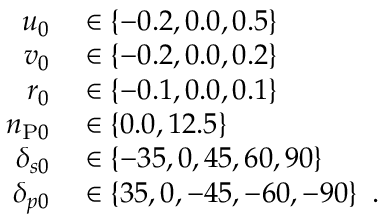
\begin{array} { r } { \begin{array} { r l } { u _ { 0 } } & { { } \in \{ - 0 . 2 , 0 . 0 , 0 . 5 \} } \\ { v _ { 0 } } & { { } \in \{ - 0 . 2 , 0 . 0 , 0 . 2 \} } \\ { r _ { 0 } } & { { } \in \{ - 0 . 1 , 0 . 0 , 0 . 1 \} } \\ { n _ { \mathrm { P } 0 } } & { { } \in \{ 0 . 0 , 1 2 . 5 \} } \\ { \delta _ { s 0 } } & { { } \in \{ - 3 5 , 0 , 4 5 , 6 0 , 9 0 \} } \\ { \delta _ { p 0 } } & { { } \in \{ 3 5 , 0 , - 4 5 , - 6 0 , - 9 0 \} \enspace . } \end{array} } \end{array}